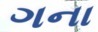
ગના